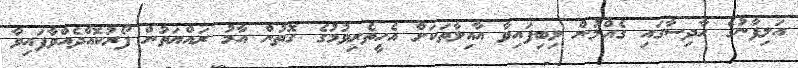
އަލިފާނުގެ ހާދިސާގައި ގެއްލުން ލިބިފައިވާ އާއިލާތަކަށް އެހީތެރިވުމުގެ ގޮތުން އާމު ރައްޔަތުން ފޯރުކޮއްދެއްވާފައިވާ